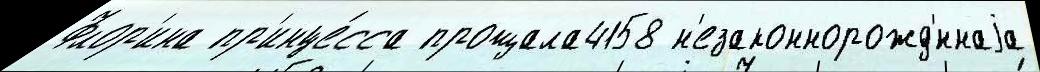
Флор'ина пр'инце́сса прощала4158 н'езаконнорожд'́ннаjа